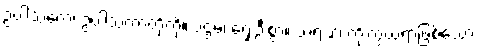
ဥပါသကေ၊ ဥပါသကာတို့ကို။ ပဌမံ၊ ရှေးဦးစွာ။ သရဏံ၊ ကိုးကွယ်ရာဖြစ်သော